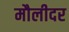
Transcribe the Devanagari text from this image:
मौलीदर